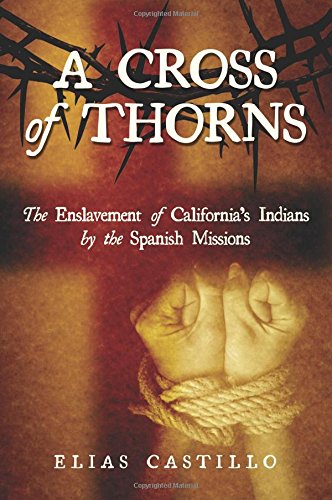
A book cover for A Cross of Thorns: The Enslavement of California's Indians by the Spanish Missions; Elias Castillo; History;